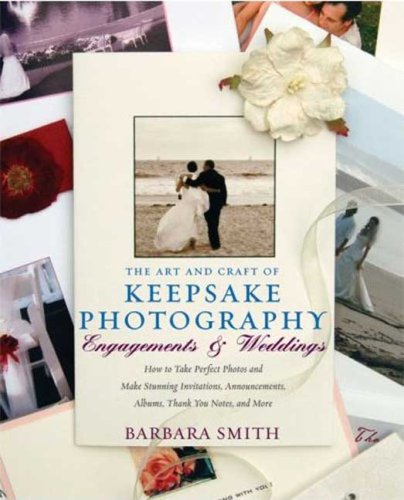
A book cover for The Art and Craft of Keepsake Photography: Engagements & Weddings: How to Take Perfect Photos and Make Perfect Invitations, Announcements, Albums, ... More (Art & Craft of Keepsake Photography); Barbara Smith; Crafts, Hobbies & Home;